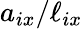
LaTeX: a_{ix}/\ell_{ix}